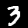
Digit: 3